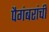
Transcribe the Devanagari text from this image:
पैगंबरांची